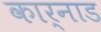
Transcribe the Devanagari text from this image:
कार्नाड